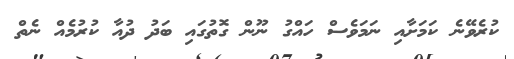
ކުރެވޭނެ ކަމަށާއި ނަމަވެސް ހައްގު ނޫން ގޮތުގައި ބަދު ދުއާ ކުރުމެއް ނެތް